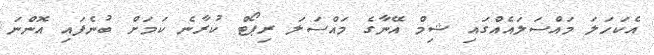
އެކަހަލަ މައްސަލައެއްގައި ޝިމް އޭނާގެ މައްސަލަ ރިޕޯޓް ކުރާނެ ކަމަށް ބުނެފައި އޮންނަ